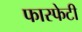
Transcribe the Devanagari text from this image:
फास्फेटी